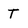
Character: T